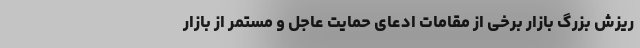
ریزش بزرگ بازار برخی از مقامات ادعای حمایت عاجل و مستمر از بازار